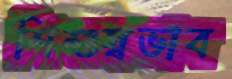
শিশুস্বভাব